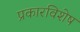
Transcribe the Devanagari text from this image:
प्रकारविशेष